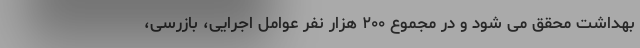
بهداشت محقق می شود و در مجموع ۲۰۰ هزار نفر عوامل اجرایی، بازرسی،